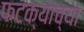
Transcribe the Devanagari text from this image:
फटक्यांच्या